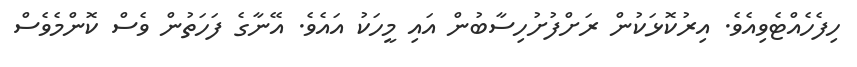
ހިފެހެއްޓެވިއެވެ. އިރުކޮޅަކުން ރަށްފުށުހިސާބުން އައި މީހަކު އައެވެ. އޭނާގެ ފަހަތުން ވެސް ކޮންމެވެސް